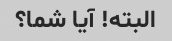
البته! آیا شما؟